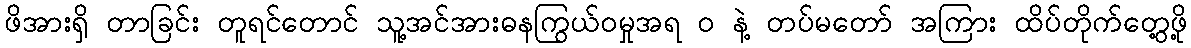
ဖိအားရှိ တာခြင်း တူရင်တောင် သူ့အင်အားဓနကြွယ်ဝမှုအရ ၀ နဲ့ တပ်မတော် အကြား ထိပ်တိုက်တွေ့ဖို့